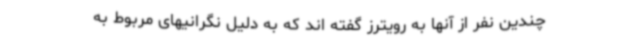
چندین نفر از آنها به رویترز گفته اند که به دلیل نگرانیهای مربوط به